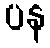
ပန